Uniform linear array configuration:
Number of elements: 48
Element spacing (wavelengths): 1
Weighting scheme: hann
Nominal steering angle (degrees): -15
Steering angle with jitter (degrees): -15.299
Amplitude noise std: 0.05
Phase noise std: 0.05

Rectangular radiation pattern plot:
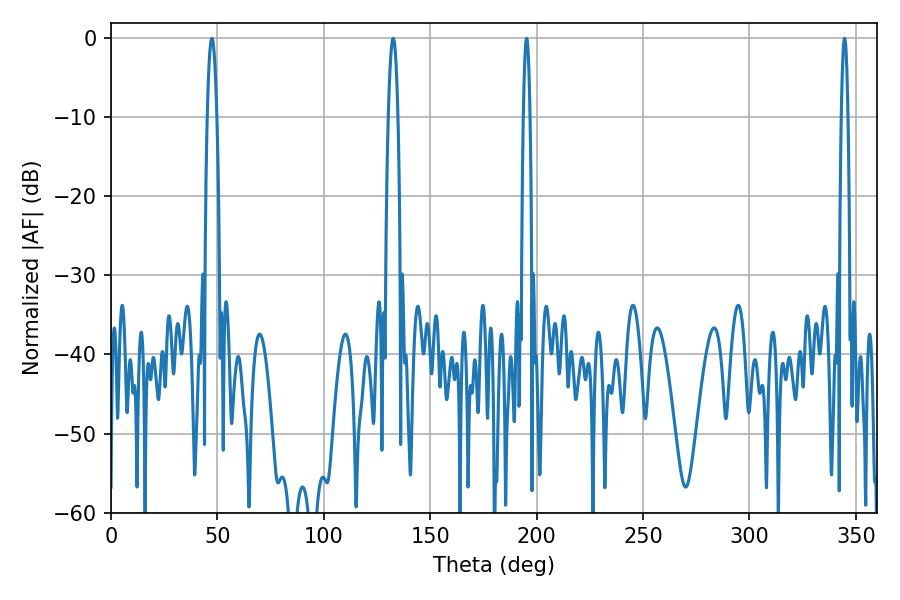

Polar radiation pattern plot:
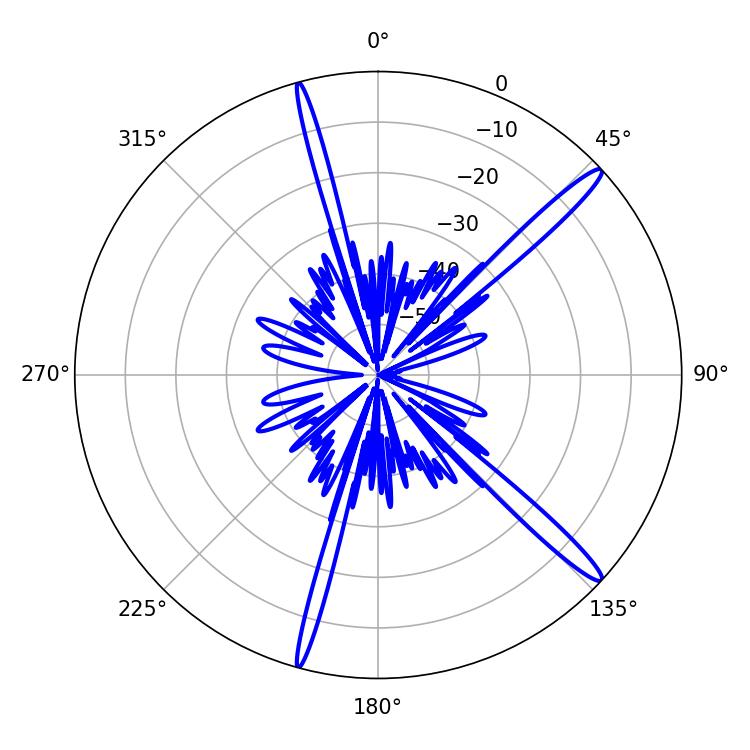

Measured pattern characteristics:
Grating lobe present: TRUE
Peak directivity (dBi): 15.827
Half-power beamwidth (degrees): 1.8
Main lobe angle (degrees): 344.7